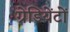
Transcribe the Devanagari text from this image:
ग्रेडियेंटों